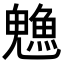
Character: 𬵙